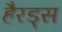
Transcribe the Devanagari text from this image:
हैरड्स